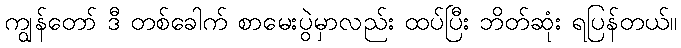
ကျွန်တော် ဒီ တစ်ခေါက် စာမေးပွဲမှာလည်း ထပ်ပြီး ဘိတ်ဆုံး ရပြန်တယ်။